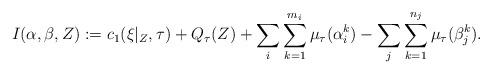
LaTeX: \begin{align*} I(\alpha,\beta,Z):=c_{1}(\xi|_{Z},\tau)+Q_{\tau}(Z)+\sum_{i}\sum_{k=1}^{m_{i}}\mu_{\tau}(\alpha_{i}^{k})-\sum_{j}\sum_{k=1}^{n_{j}}\mu_{\tau}(\beta_{j}^{k}).\end{align*}